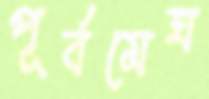
পূর্বমেঘ